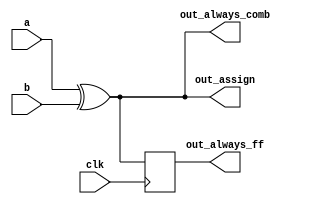
/*
For hardware synthesis, there are two types of always blocks that are relevant:

Combinational: always @(*)
Clocked: always @(posedge clk)
Clocked always blocks create a blob of combinational logic just like combinational always blocks, but also creates a set of flip-flops (or "registers") at the output of the blob of combinational logic. Instead of the outputs of the blob of logic being visible immediately, the outputs are visible only immediately after the next (posedge clk).

Blocking vs. Non-Blocking Assignment
There are three types of assignments in Verilog:

Continuous assignments (assign x = y;). Can only be used when not inside a procedure ("always block").
Procedural blocking assignment: (x = y;). Can only be used inside a procedure.
Procedural non-blocking assignment: (x <= y;). Can only be used inside a procedure.
In a combinational always block, use blocking assignments. In a clocked always block, use non-blocking assignments. A full understanding of why is not particularly useful for hardware design and requires a good understanding of how Verilog simulators keep track of events. Not following this rule results in extremely hard to find errors that are both non-deterministic and differ between simulation and synthesized hardware.

A bit of practice
Build an XOR gate three ways, using an assign statement, a combinational always block, and a clocked always block. Note that the clocked always block produces a different circuit from the other two: There is a flip-flop so the output is delayed.
*/

// synthesis verilog_input_version verilog_2001
module top_module(
    input clk,
    input a,
    input b,
    output wire out_assign,
    output reg out_always_comb,
    output reg out_always_ff   );

assign out_assign = a^b;

always @* begin

out_always_comb = a^b;

end


always @(posedge clk) begin

out_always_ff = a^b;

end

endmodule